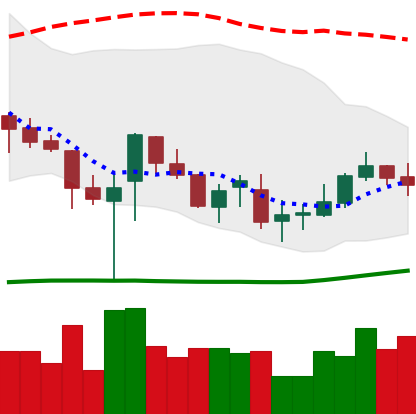
Ticker: TRX-USD
Chart end date: 2019-03-18
Forward return: 6.09%
Label: up_5_7